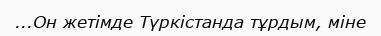
...Он жетімде Түркістанда тұрдым, міне